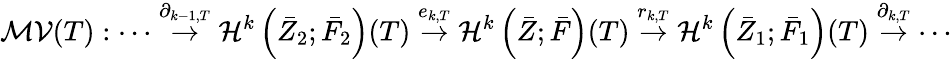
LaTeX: \mathcal{MV}(T):\cdots\stackrel{\partial_{k-1,T}}\rightarrow\mathcal{H}^{k}\left({\bar{Z}}_{2};\bar{F}_{2}\right)(T)\stackrel{e_{k,T}}{\rightarrow}\mathcal{H}^{k}\left({\bar{Z}};\bar{F}\right)(T)\stackrel{r_{k,T}}{\rightarrow}\mathcal{H}^{k}\left({\bar{Z}}_{1};\bar{F}_{1}\right)(T)\stackrel{\partial_{k,T}}{\rightarrow}\cdots